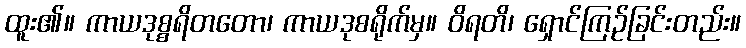
ထူး၏။ ကာယဒုစ္စရိတတော၊ ကာယဒုစရိုက်မှ။ ဝိရတိ၊ ရှောင်ကြဉ်ခြင်းတည်း။